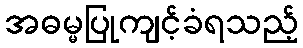
အဓမ္မပြုကျင့်ခံရသည့်